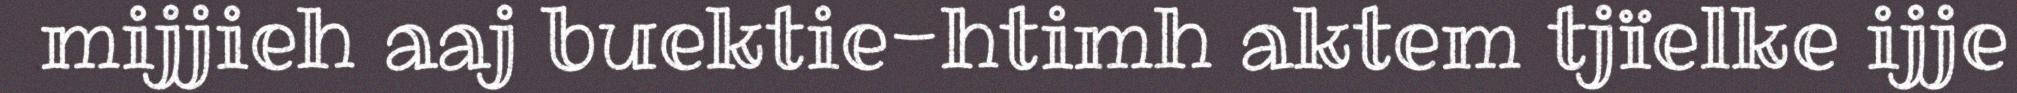
mijjieh aaj buektie-htimh aktem tjïelke ijje